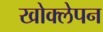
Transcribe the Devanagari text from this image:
खोक्लेपन